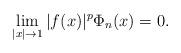
LaTeX: \begin{align*}\lim_{|x|\to 1}|f(x)|^p\Phi_n(x)=0.\end{align*}